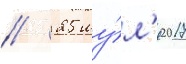
// 25 иу́л'я 2017